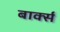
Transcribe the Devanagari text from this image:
बार्क्स